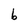
Character: b